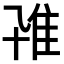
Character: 𨾐